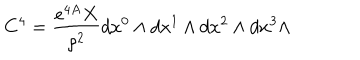
C ^ { 4 } = { \frac { e ^ { 4 A } X } { \rho ^ { 2 } } } d x ^ { 0 } \wedge d x ^ { 1 } \wedge d x ^ { 2 } \wedge d x ^ { 3 } \wedge